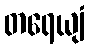
တရေယျံ